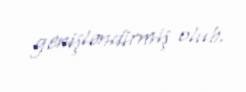
genişləndirmiş olub.